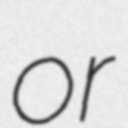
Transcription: or